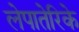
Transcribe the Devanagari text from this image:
लेपातेरिके